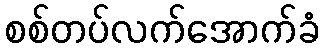
စစ်တပ်လက်အောက်ခံ